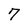
Character: 7